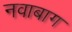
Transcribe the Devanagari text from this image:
नवाबाग